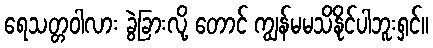
ရေသတ္တဝါလား ခွဲခြားလို့ တောင် ကျွန်မမသိနိုင်ပါဘူးရှင်။